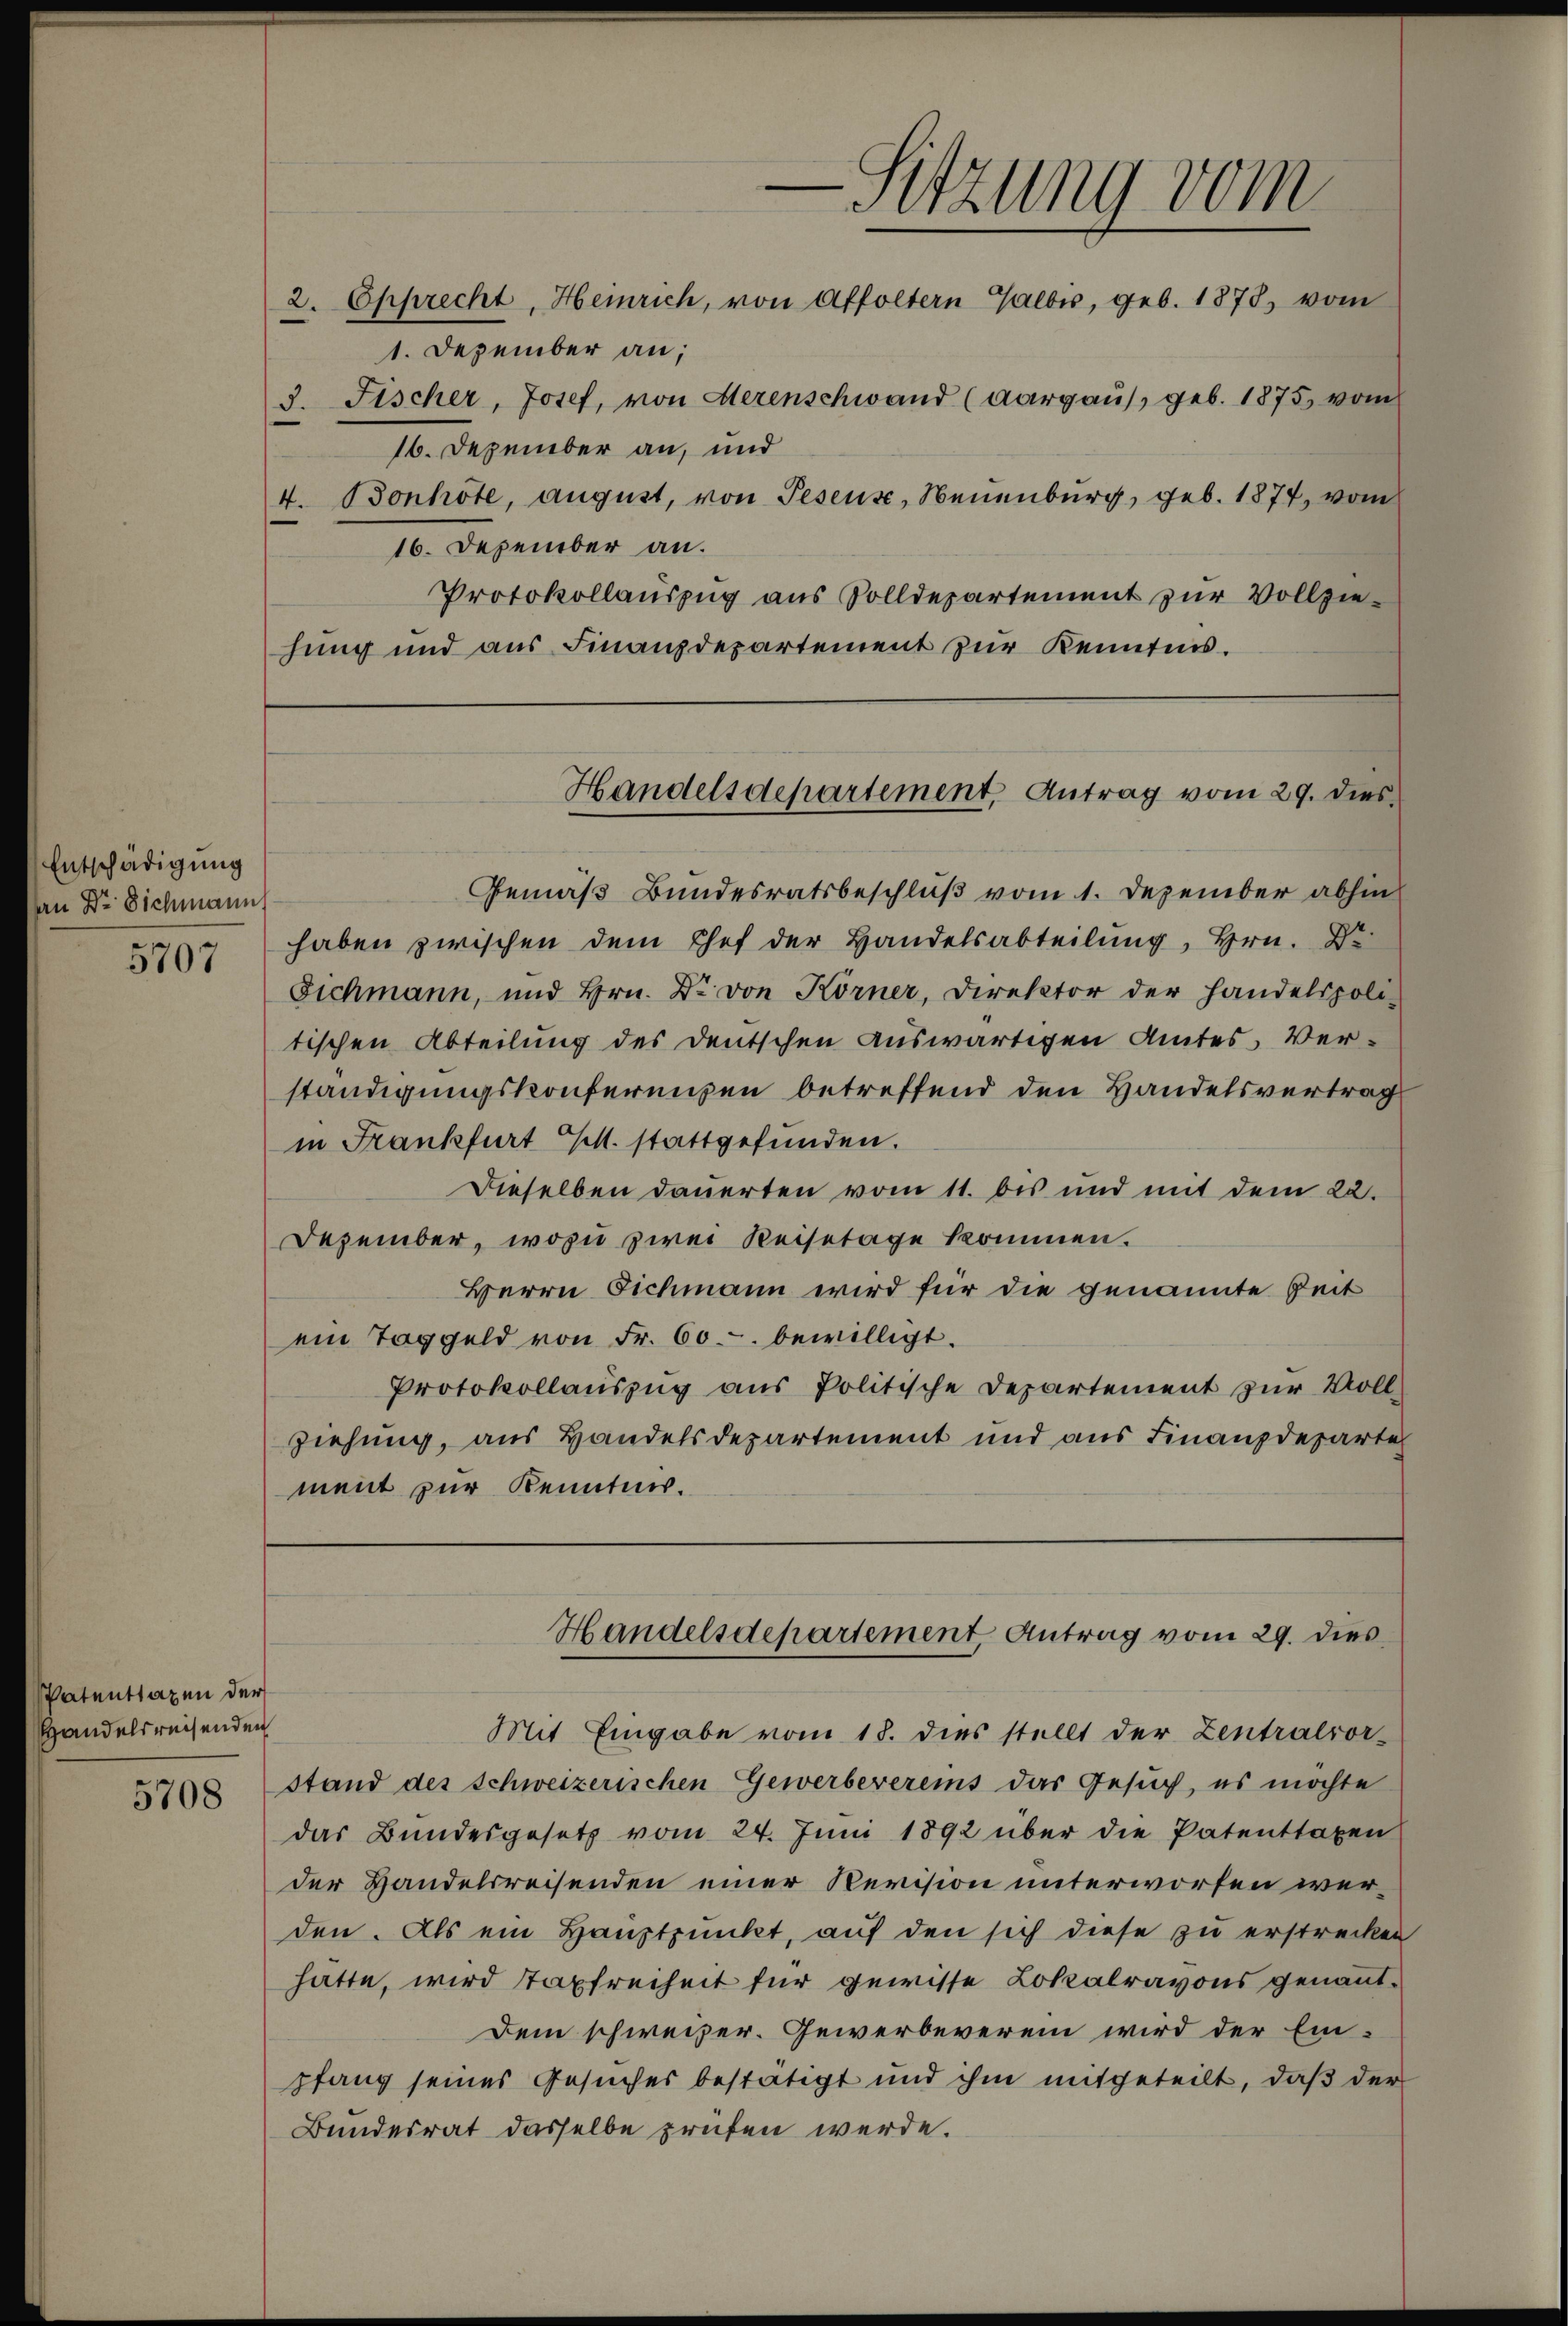
Entschädigung
an Dr. Sichmann

5707

Patentragen der
Handelsreisenden

5708

1. Dezember an;
16. Dezember an, und
16. Dezember an.
Protokollauszug aus Solldepartement zur Vollziehung und aus Finanzdepartement zur Kenntnis.

-Sitzung vom
2. Epprecht, Heinrich, von Affoltern Galbis, geb. 1878, vom
S. Fischer, Josef, von Herenschwand (Aargaus, geb. 1875 vom
4. Bonhöte, august, von Pesens, Neuenburg, geb. 1874, vom

Handelsdepartement, Antrag vom 29. dies

Gemäß Bundesratsbeschluß vom 1. Dezember abhin
haben zwischen dem Chef der Handelsabteilŭng, Hrn. Dr.
Eichmann, und Hrn. Dr. von Körner, Direktor der Handelspoli-
tischen Abteilung des deutschen auswärtigen Amtes Verständigungskonferenzen betreffend den Handelsvertrag
in Frankfurt M. stattgefunden.
Dieselben dauerten vom 11. bis und mit dem 22.
Dezember, wozu zwei Reisetage kommen.
Herrn Eichmann wird für die genannte Zeit
ein Taggeld von Fr. 60. bewilligt.
Protokollauszug aus Politische Departement zur Vollziehung, aus Handelsdepartement und aus Finanzdeparten
ment zur Kenntnis.

Mit Eingabe vom 18. dies stellt der Zentralvors
stand des Schweizerischen Gewerbevereins das Gesuch, es möchte
das Bundesgesetz vom 24. Juni 1892 über die Patenttaxen
der Handelsreisenden einer Revision unterworfen werden. Als ein Hauptpunkt, auf den sich diese zu erstrecken
hatte, wird Tapfreiheit für gewisse Lokalravons genannt¬
Dem schweizer. Gewerbeverein wird der Einpfang seines Gesuches bestätigt und ihm mitgeteilt, daß der
Bundesrat dasselbe prüfen werde.

Handelsdepartement Antrag vom 29. dies